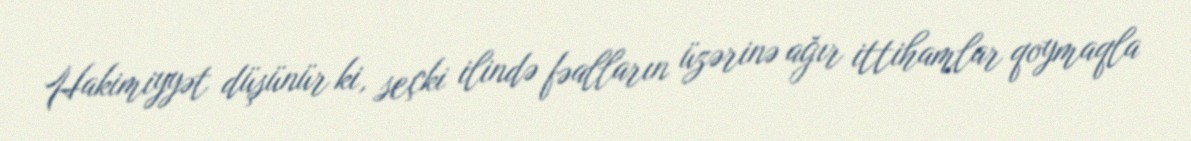
Hakimiyyət düşünür ki, seçki ilində fəalların üzərinə ağır ittihamlar qoymaqla